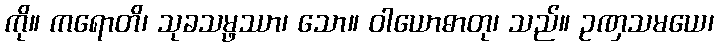
ကို။ ကရောတိ၊ သုခသမ္ဖဿာ၊ သော။ ဝါယောဓာတု၊ သည်။ ဥဏှသမယေ၊